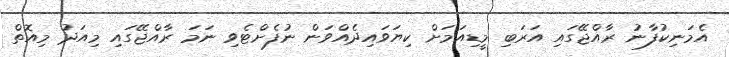
އެމަނިކުފާނު ރާއްޖޭގައި އަރަބި މީޑިއަމަށް ކިޔަވައިދެއްވަން ނުފެށްޓެވި ނަމަ ރާއްޖޭގައި މިއަދު މިއޮތް